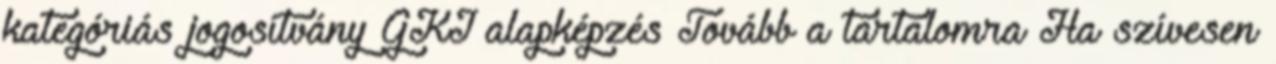
kategóriás jogosítvány GKI alapképzés Tovább a tartalomra Ha szívesen